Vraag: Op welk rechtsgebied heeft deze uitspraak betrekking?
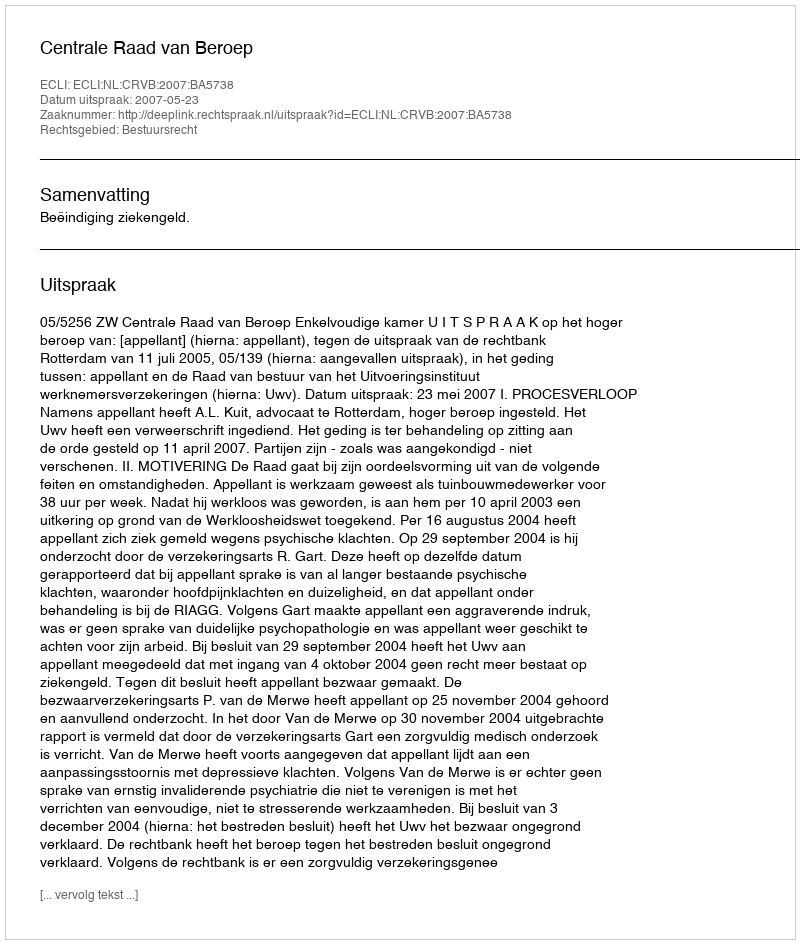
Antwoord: Bestuursrecht